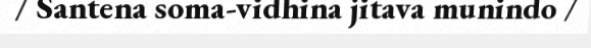
/ Santena soma-vidhina jitava munindo /